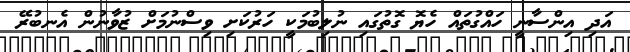
އަދި އިންސާނީ ހައްގުތައް ހެޔޮ ގޮތުގައި ނުލިބުމަކީ ހަރުކަށި ވިސްނުމަށް ޒުވާނުން އެނބުރޭ